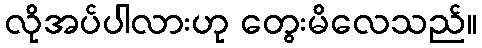
လိုအပ်ပါလားဟု တွေးမိလေသည်။